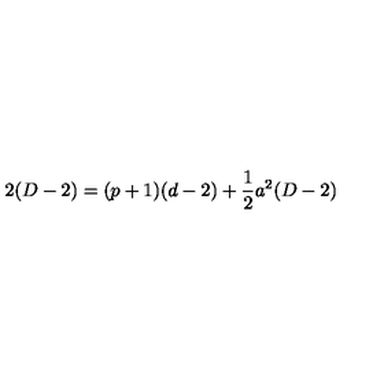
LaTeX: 2 ( D - 2 ) = ( p + 1 ) ( d - 2 ) + \frac { 1 } { 2 } a ^ { 2 } ( D - 2 )